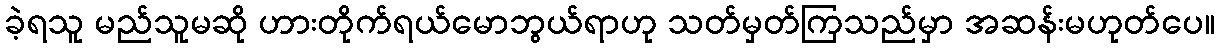
ခဲ့ရသူ မည်သူမဆို ဟားတိုက်ရယ်မောဘွယ်ရာဟု သတ်မှတ်ကြသည်မှာ အဆန်းမဟုတ်ပေ။